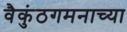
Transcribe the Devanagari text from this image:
वैकुंठगमनाच्या